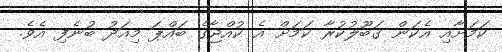
ކަމަށާއި އެކަން ގަބޫލުކުރާ ކަމަށް އެ ކުއްޖާގެ ބައްޕަ މިއަދު ބުނެފި އެވެ.